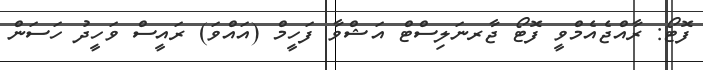
ފޮޓޯ: ރާއްޖެއެމްވީ ފޮޓޯ ޖާރނަލިސްޓް އަޝްވާ ފަހީމް (އައްވަ) ރައީސް ވަހީދު ހަސަން